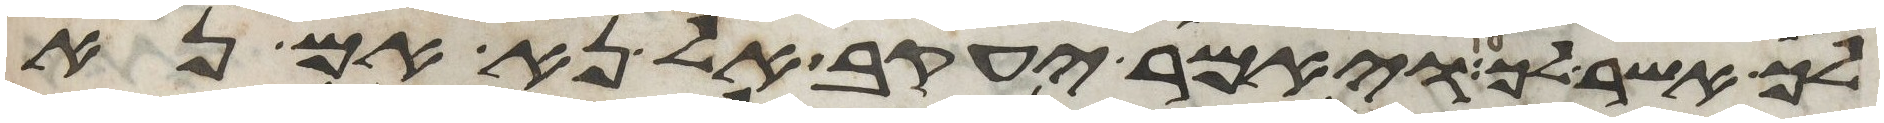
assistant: לך אשר לך ויאמר יעקב אל נא אם נא